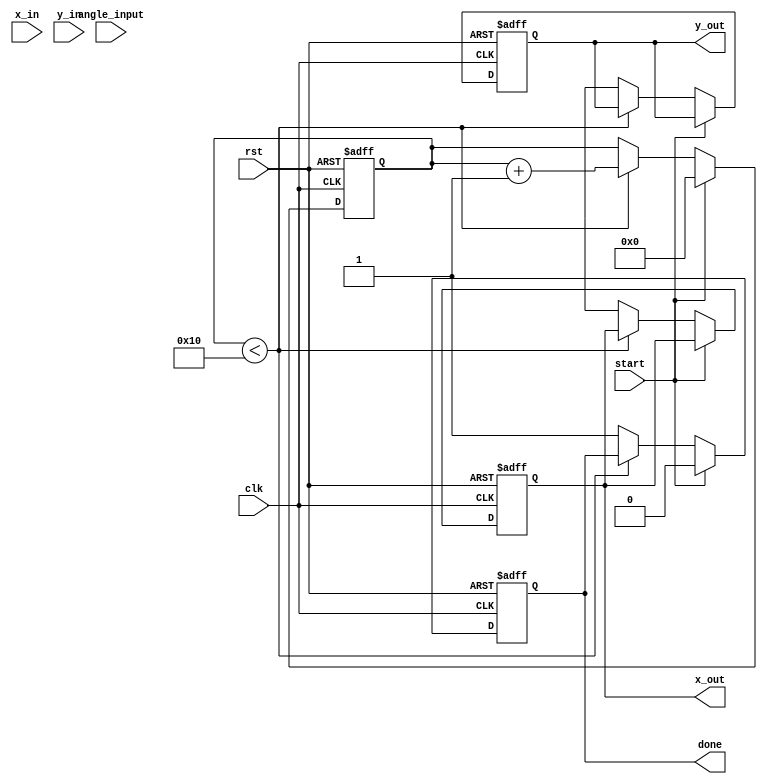
module cordic (
    input wire clk,
    input wire rst,
    input wire [15:0] angle_input, // Input angle in fixed-point format
    input wire [15:0] x_in,         // Initial x value (cosine)
    input wire [15:0] y_in,         // Initial y value (sine)
    input wire start,
    output reg [15:0] x_out,        // Output x value (cosine)
    output reg [15:0] y_out,        // Output y value (sine)
    output reg done
);

// Parameters
parameter NUM_ITERATIONS = 16; // Number of iterations
parameter LUT_SIZE = 16;        // Size of LUT for angles and scaling factors

// LUTs for angles and scaling factors (precomputed values)
reg [15:0] angle_lut [0:LUT_SIZE-1];
reg [15:0] scaling_lut [0:LUT_SIZE-1];

// Internal signals
reg [15:0] x [0:NUM_ITERATIONS-1];
reg [15:0] y [0:NUM_ITERATIONS-1];
reg [15:0] angle [0:NUM_ITERATIONS-1];
reg [3:0] iteration_count;
reg direction;

// Initialize LUTs
initial begin
    // Populate angle LUT with arctangent values (in fixed-point format)
    angle_lut[0] = 16'h0000; // atan(0)
    angle_lut[1] = 16'h3C90; // atan(1/2^1)
    angle_lut[2] = 16'h3C49; // atan(1/2^2)
    angle_lut[3] = 16'h3C23; // atan(1/2^3)
    angle_lut[4] = 16'h3BE6; // atan(1/2^4)
    angle_lut[5] = 16'h3B9A; // atan(1/2^5)
    angle_lut[6] = 16'h3B2D; // atan(1/2^6)
    angle_lut[7] = 16'h3A9F; // atan(1/2^7)
    angle_lut[8] = 16'h3A0E; // atan(1/2^8)
    angle_lut[9] = 16'h39B0; // atan(1/2^9)
    angle_lut[10] = 16'h395D; // atan(1/2^10)
    angle_lut[11] = 16'h38D2; // atan(1/2^11)
    angle_lut[12] = 16'h385A; // atan(1/2^12)
    angle_lut[13] = 16'h37D7; // atan(1/2^13)
    angle_lut[14] = 16'h3754; // atan(1/2^14)
    angle_lut[15] = 16'h36D1; // atan(1/2^15)

    // Populate scaling LUT with scaling factors
    scaling_lut[0] = 16'h4000; // 1.0
    scaling_lut[1] = 16'h3D6A; // 0.7071
    scaling_lut[2] = 16'h3B6D; // 0.5412
    scaling_lut[3] = 16'h39B9; // 0.4142
    scaling_lut[4] = 16'h38E0; // 0.3214
    scaling_lut[5] = 16'h3800; // 0.2500
    scaling_lut[6] = 16'h3746; // 0.1951
    scaling_lut[7] = 16'h3700; // 0.1625
    scaling_lut[8] = 16'h36A0; // 0.1414
    scaling_lut[9] = 16'h3660; // 0.1250
    scaling_lut[10] = 16'h3630; // 0.1111
    scaling_lut[11] = 16'h3610; // 0.1000
    scaling_lut[12] = 16'h3600; // 0.0909
    scaling_lut[13] = 16'h3600; // 0.0833
    scaling_lut[14] = 16'h3600; // 0.0769
    scaling_lut[15] = 16'h3600; // 0.0714
end

// State machine for CORDIC operation
always @(posedge clk or posedge rst) begin
    if (rst) begin
        iteration_count <= 0;
        x_out <= 0;
        y_out <= 0;
        done <= 0;
    end else if (start) begin
        // Initialize x and y
        x[0] <= x_in;
        y[0] <= y_in;
        angle[0] <= angle_input;
        iteration_count <= 0;
        done <= 0;
    end else if (iteration_count < NUM_ITERATIONS) begin
        // CORDIC iteration
        direction <= (angle[iteration_count] < 0) ? 1'b1 : 1'b0;
        if (direction) begin
            // Counter-clockwise rotation
            x[iteration_count + 1] <= x[iteration_count] + (y[iteration_count] >>> iteration_count);
            y[iteration_count + 1] <= y[iteration_count] - (x[iteration_count] >>> iteration_count);
            angle[iteration_count + 1] <= angle[iteration_count] + angle_lut[iteration_count];
        end else begin
            // Clockwise rotation
            x[iteration_count + 1] <= x[iteration_count] - (y[iteration_count] >>> iteration_count);
            y[iteration_count + 1] <= y[iteration_count] + (x[iteration_count] >>> iteration_count);
            angle[iteration_count + 1] <= angle[iteration_count] - angle_lut[iteration_count];
        end
        iteration_count <= iteration_count + 1;
    end else begin
        // Final output after iterations
        x_out <= x[NUM_ITERATIONS];
        y_out <= y[NUM_ITERATIONS];
        done <= 1;
    end
end

endmodule